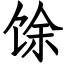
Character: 馀